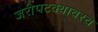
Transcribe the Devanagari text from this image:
जरीपटक्यावरच